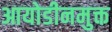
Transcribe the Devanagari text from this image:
आयोडीनमुक्त